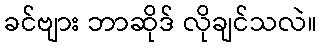
ခင်ဗျား ဘာဆိုဒ် လိုချင်သလဲ။